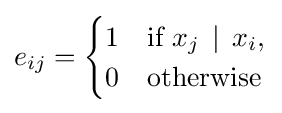
e_{ij}={\begin{cases}1&{\mbox{if }}x_{j}\,\mid \,x_{i},\\0&{\mbox{otherwise}}\end{cases}}